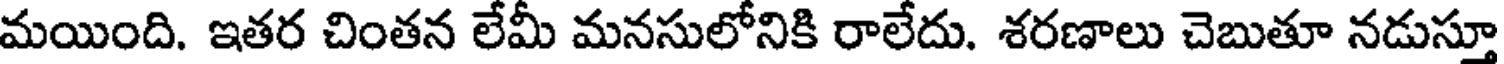
మయింది. ఇతర చింతన లేమీ మనసులోనికి రాలేదు. శరణాలు చెబుతూ నడుస్తూ